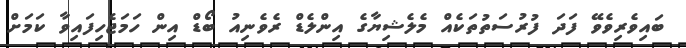
ބައިވެރިވެވޭ ފަދަ ފުރުސަތުތަކެއް މެލެޝިޔާގެ އިންލެޑް ރެވެނިއު ބޯޑް އިން ހަމަޖެހިފައިވާ ކަމަށް